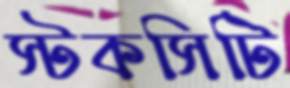
স্টকসিটি